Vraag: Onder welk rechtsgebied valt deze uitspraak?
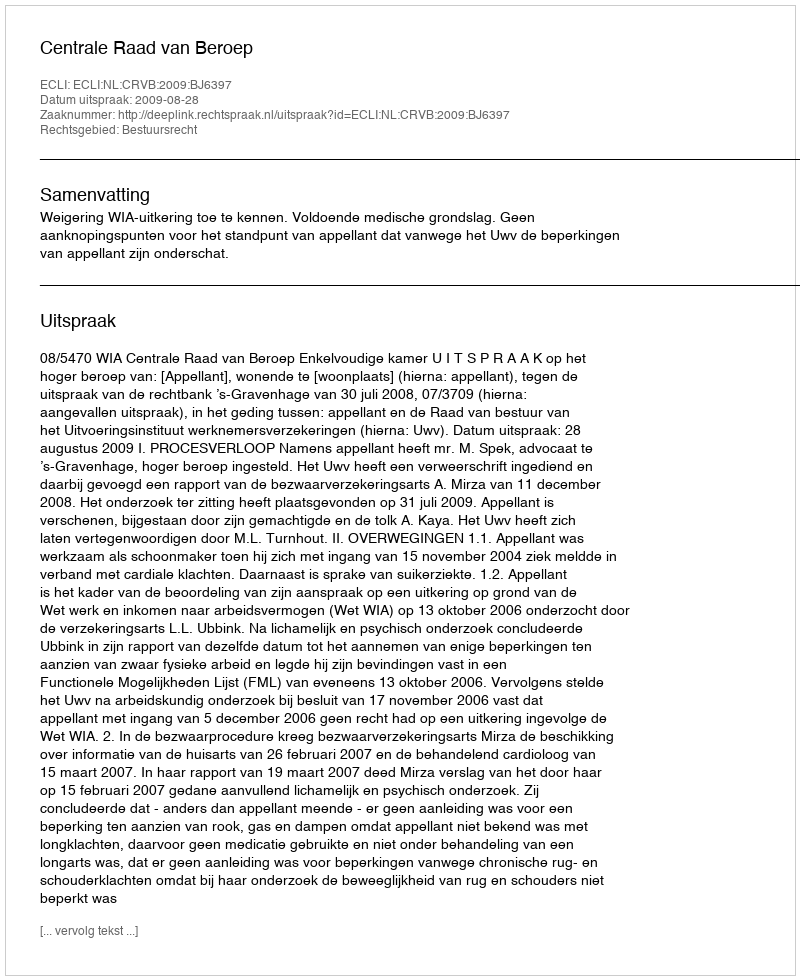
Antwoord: Bestuursrecht